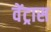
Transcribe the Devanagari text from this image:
वेंट्रास